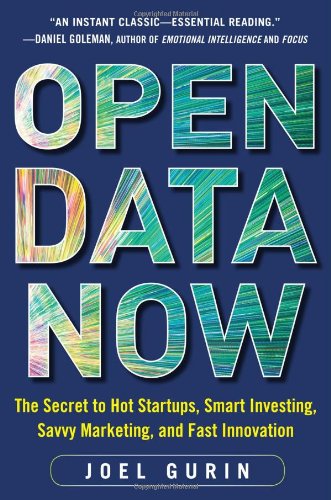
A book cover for Open Data Now: The Secret to Hot Startups, Smart Investing, Savvy Marketing, and Fast Innovation; Joel Gurin; Business & Money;